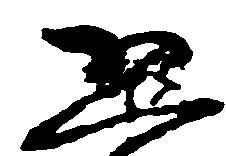
恐